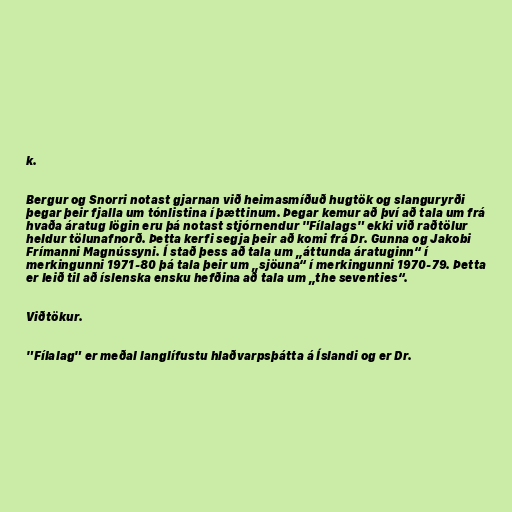
k.

Bergur og Snorri notast gjarnan við heimasmíðuð hugtök og slanguryrði
þegar þeir fjalla um tónlistina í þættinum. Þegar kemur að því að tala um frá
hvaða áratug lögin eru þá notast stjórnendur "Fílalags" ekki við raðtölur
heldur tölunafnorð. Þetta kerfi segja þeir að komi frá Dr. Gunna og Jakobi
Frímanni Magnússyni. Í stað þess að tala um „áttunda áratuginn“ í
merkingunni 1971-80 þá tala þeir um „sjöuna“ í merkingunni 1970-79. Þetta
er leið til að íslenska ensku hefðina að tala um „the seventies“.

Viðtökur.

"Fílalag" er meðal langlífustu hlaðvarpsþátta á Íslandi og er Dr.